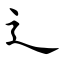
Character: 辶